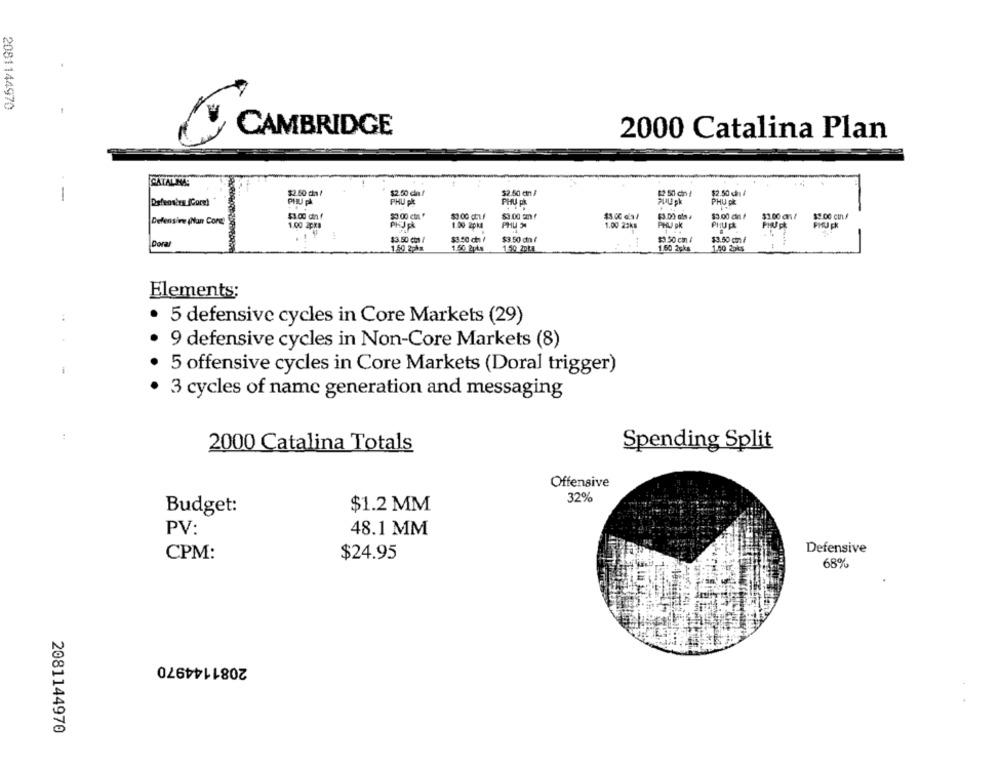
2081144970
CAMBRIDGE
2000 Catalina Plan
CATALINA:
$2.50 cha /
$2.50 cln !
$2.50 cn /
$2 50 ch !
$2.50 ch /
-
PHU ph
PHU p&
PHU PR
PHU Ck
$3.00 din f
$0.00 ct. "
$3.00 cm f
$3.00 of* *
$3.00 chn /
$1.00 a/
-
Defensive (Nan Cong
PHU 34
1.00 2px#
1.00 2pk
1.00 22ks
PHLJ DK
PHUp
.
$3.50 CM /
$3.50 ch /
$3.50 ch /
$3 50 cm /
$3.50 c /
Doral
1.50 2p *
1.50 2pts
1.59 2DLA
1.50 2pks
1.50 2pkg
Elements;
5 defensive cycles in Core Markets (29)
9 defensive cycles in Non-Core Markets (8)
5 offensive cycles in Core Markets (Doral trigger)
3 cycles of name generation and messaging
2000 Catalina Totals
Spending Split
Offensive
32%
$1.2 MM
Budget:
PV:
48.1 MM
Defensive
CPM:
$24.95
68%
2081144970
2081144970